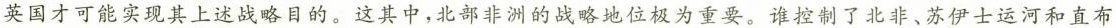
英国才可能实现其上述战略目的。这其中，北部非洲的战略地位极为重要。谁控制了北非、苏伊士运河和直布